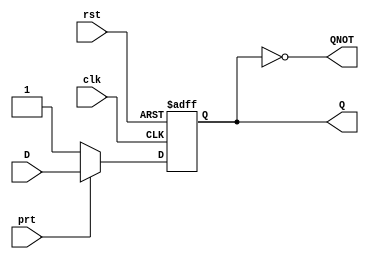
module d_flip_flop_preset (D, clk, rst, prt,Q, QNOT);	//D flip-flop module

	input wire D, clk, rst, prt;	//inputs clock, data, and reset
	output wire Q,QNOT;	//outputs Q and QNOT
	reg out;	//reg out for always block
	
	always @ (posedge clk or negedge rst)	//always block depends on positive edge of the clock, negative edge of reset
		if (~rst)begin	//if reset is low
			out <= 1'b0;	//out is a 0
		end	//ends if
		else if (~prt)begin	//if preset is low
			out <= 1'b1;	//out is a 1
		end	//ends else if
		else begin	//begin else
		out <= D;	//out is D
		end	//end else
		
	assign Q=out;	//assings out to Q
	assign QNOT=~Q;	//assigns ~Q to QNOT
	
endmodule	//end of module